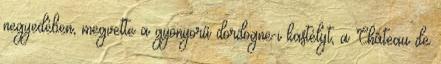
negyedében, megvette a gyönyörű dordogne-i kastélyt, a Château de